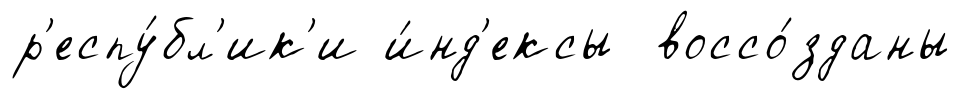
р'еспу́бл'ик'и и́нд'ексы воссо́зданы